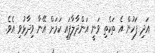
އަދި ފަހުން އެ ތަކެތި ވަނީ އަންދާލާފައި ކަމަށް އޭނާ ވިދާޅުވި އެވެ.